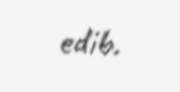
edib.